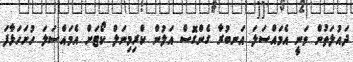
ދައުލަތުން ވަނީ އެމައްސަލަ އަނބުރާ ގެންގޮސް އަލުން ކްރިމިނަލް ކޯޓަށް އެމައްސަލަ ހުށަހަޅާފަ